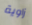
زاوية